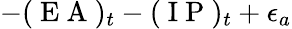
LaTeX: -(\mathrm{~E~A~})_{t}-(\mathrm{~I~P~})_{t}+\epsilon_{a}